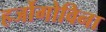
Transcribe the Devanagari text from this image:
हर्जोगोविना